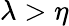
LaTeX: \lambda>\eta